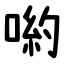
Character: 喲